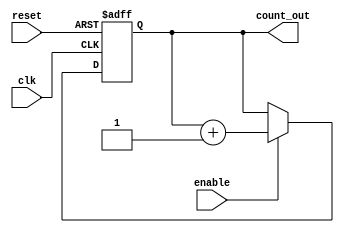
module memory_blocks_up_counter #(
    parameter N = 8  // Configurable size of the counter (number of bits)
)(
    input wire clk,         // Clock signal
    input wire reset,       // Asynchronous active-high reset
    input wire enable,      // Active-high enable signal
    output reg [N-1:0] count_out // Current count value
);

// Memory block to store the current count value
reg [N-1:0] memory_block;

// Asynchronous reset
always @(posedge clk or posedge reset) begin
    if (reset) begin
        memory_block <= 0; // Reset memory block to 0
    end else if (enable) begin
        memory_block <= memory_block + 1; // Increment count
    end
end

// Assign the current count value to the output
always @(*) begin
    count_out = memory_block; // Output the current count value
end

endmodule